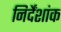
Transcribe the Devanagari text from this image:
निर्देंशांक